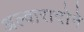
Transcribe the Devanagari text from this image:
अल्वारादोने